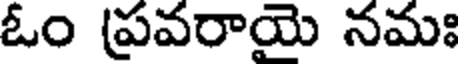
ఓం (ప్రవరాయై నమః